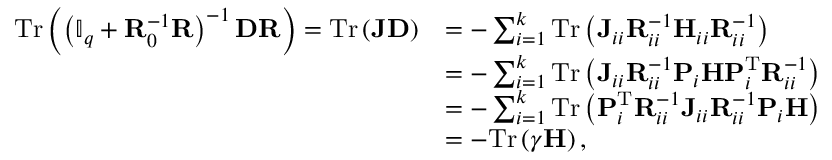
\begin{array} { r l } { \mathrm { T r } \left( \left( \mathbb { I } _ { q } + \mathbf { R } _ { 0 } ^ { - 1 } \mathbf { R } \right) ^ { - 1 } \mathbf { D } \mathbf { R } \right) = \mathrm { T r } \left( \mathbf { J } \mathbf { D } \right) } & { = - \sum _ { i = 1 } ^ { k } \mathrm { T r } \left( \mathbf { J } _ { i i } \mathbf { R } _ { i i } ^ { - 1 } \mathbf { H } _ { i i } \mathbf { R } _ { i i } ^ { - 1 } \right) } \\ & { = - \sum _ { i = 1 } ^ { k } \mathrm { T r } \left( \mathbf { J } _ { i i } \mathbf { R } _ { i i } ^ { - 1 } \mathbf { P } _ { i } \mathbf { H } \mathbf { P } _ { i } ^ { \mathrm { T } } \mathbf { R } _ { i i } ^ { - 1 } \right) } \\ & { = - \sum _ { i = 1 } ^ { k } \mathrm { T r } \left( \mathbf { P } _ { i } ^ { \mathrm { T } } \mathbf { R } _ { i i } ^ { - 1 } \mathbf { J } _ { i i } \mathbf { R } _ { i i } ^ { - 1 } \mathbf { P } _ { i } \mathbf { H } \right) } \\ & { = - \mathrm { T r } \left( \boldsymbol { \gamma \mathbf { H } } \right) , } \end{array}